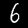
Digit: 6